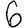
Digit: 6